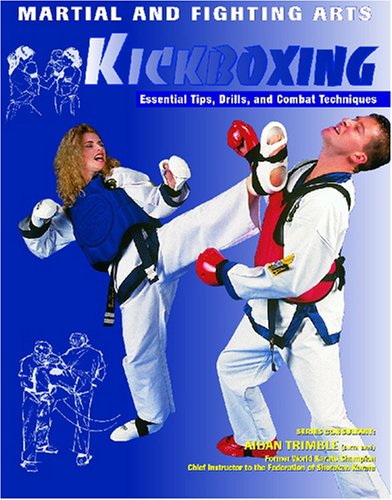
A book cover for Kickboxing (Martial and Fighting Arts); Nathan Johnson; Teen & Young Adult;